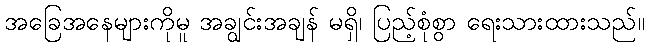
အခြေအနေများကိုမူ အချွင်းအချန် မရှိ၊ ပြည့်စုံစွာ ရေးသားထားသည်။